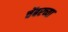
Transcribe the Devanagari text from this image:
चेंबरच्या